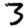
Digit: 3